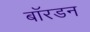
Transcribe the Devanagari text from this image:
बॉरडन